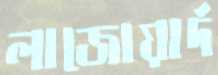
লাজোয়ার্দ